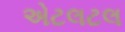
એટલટલ